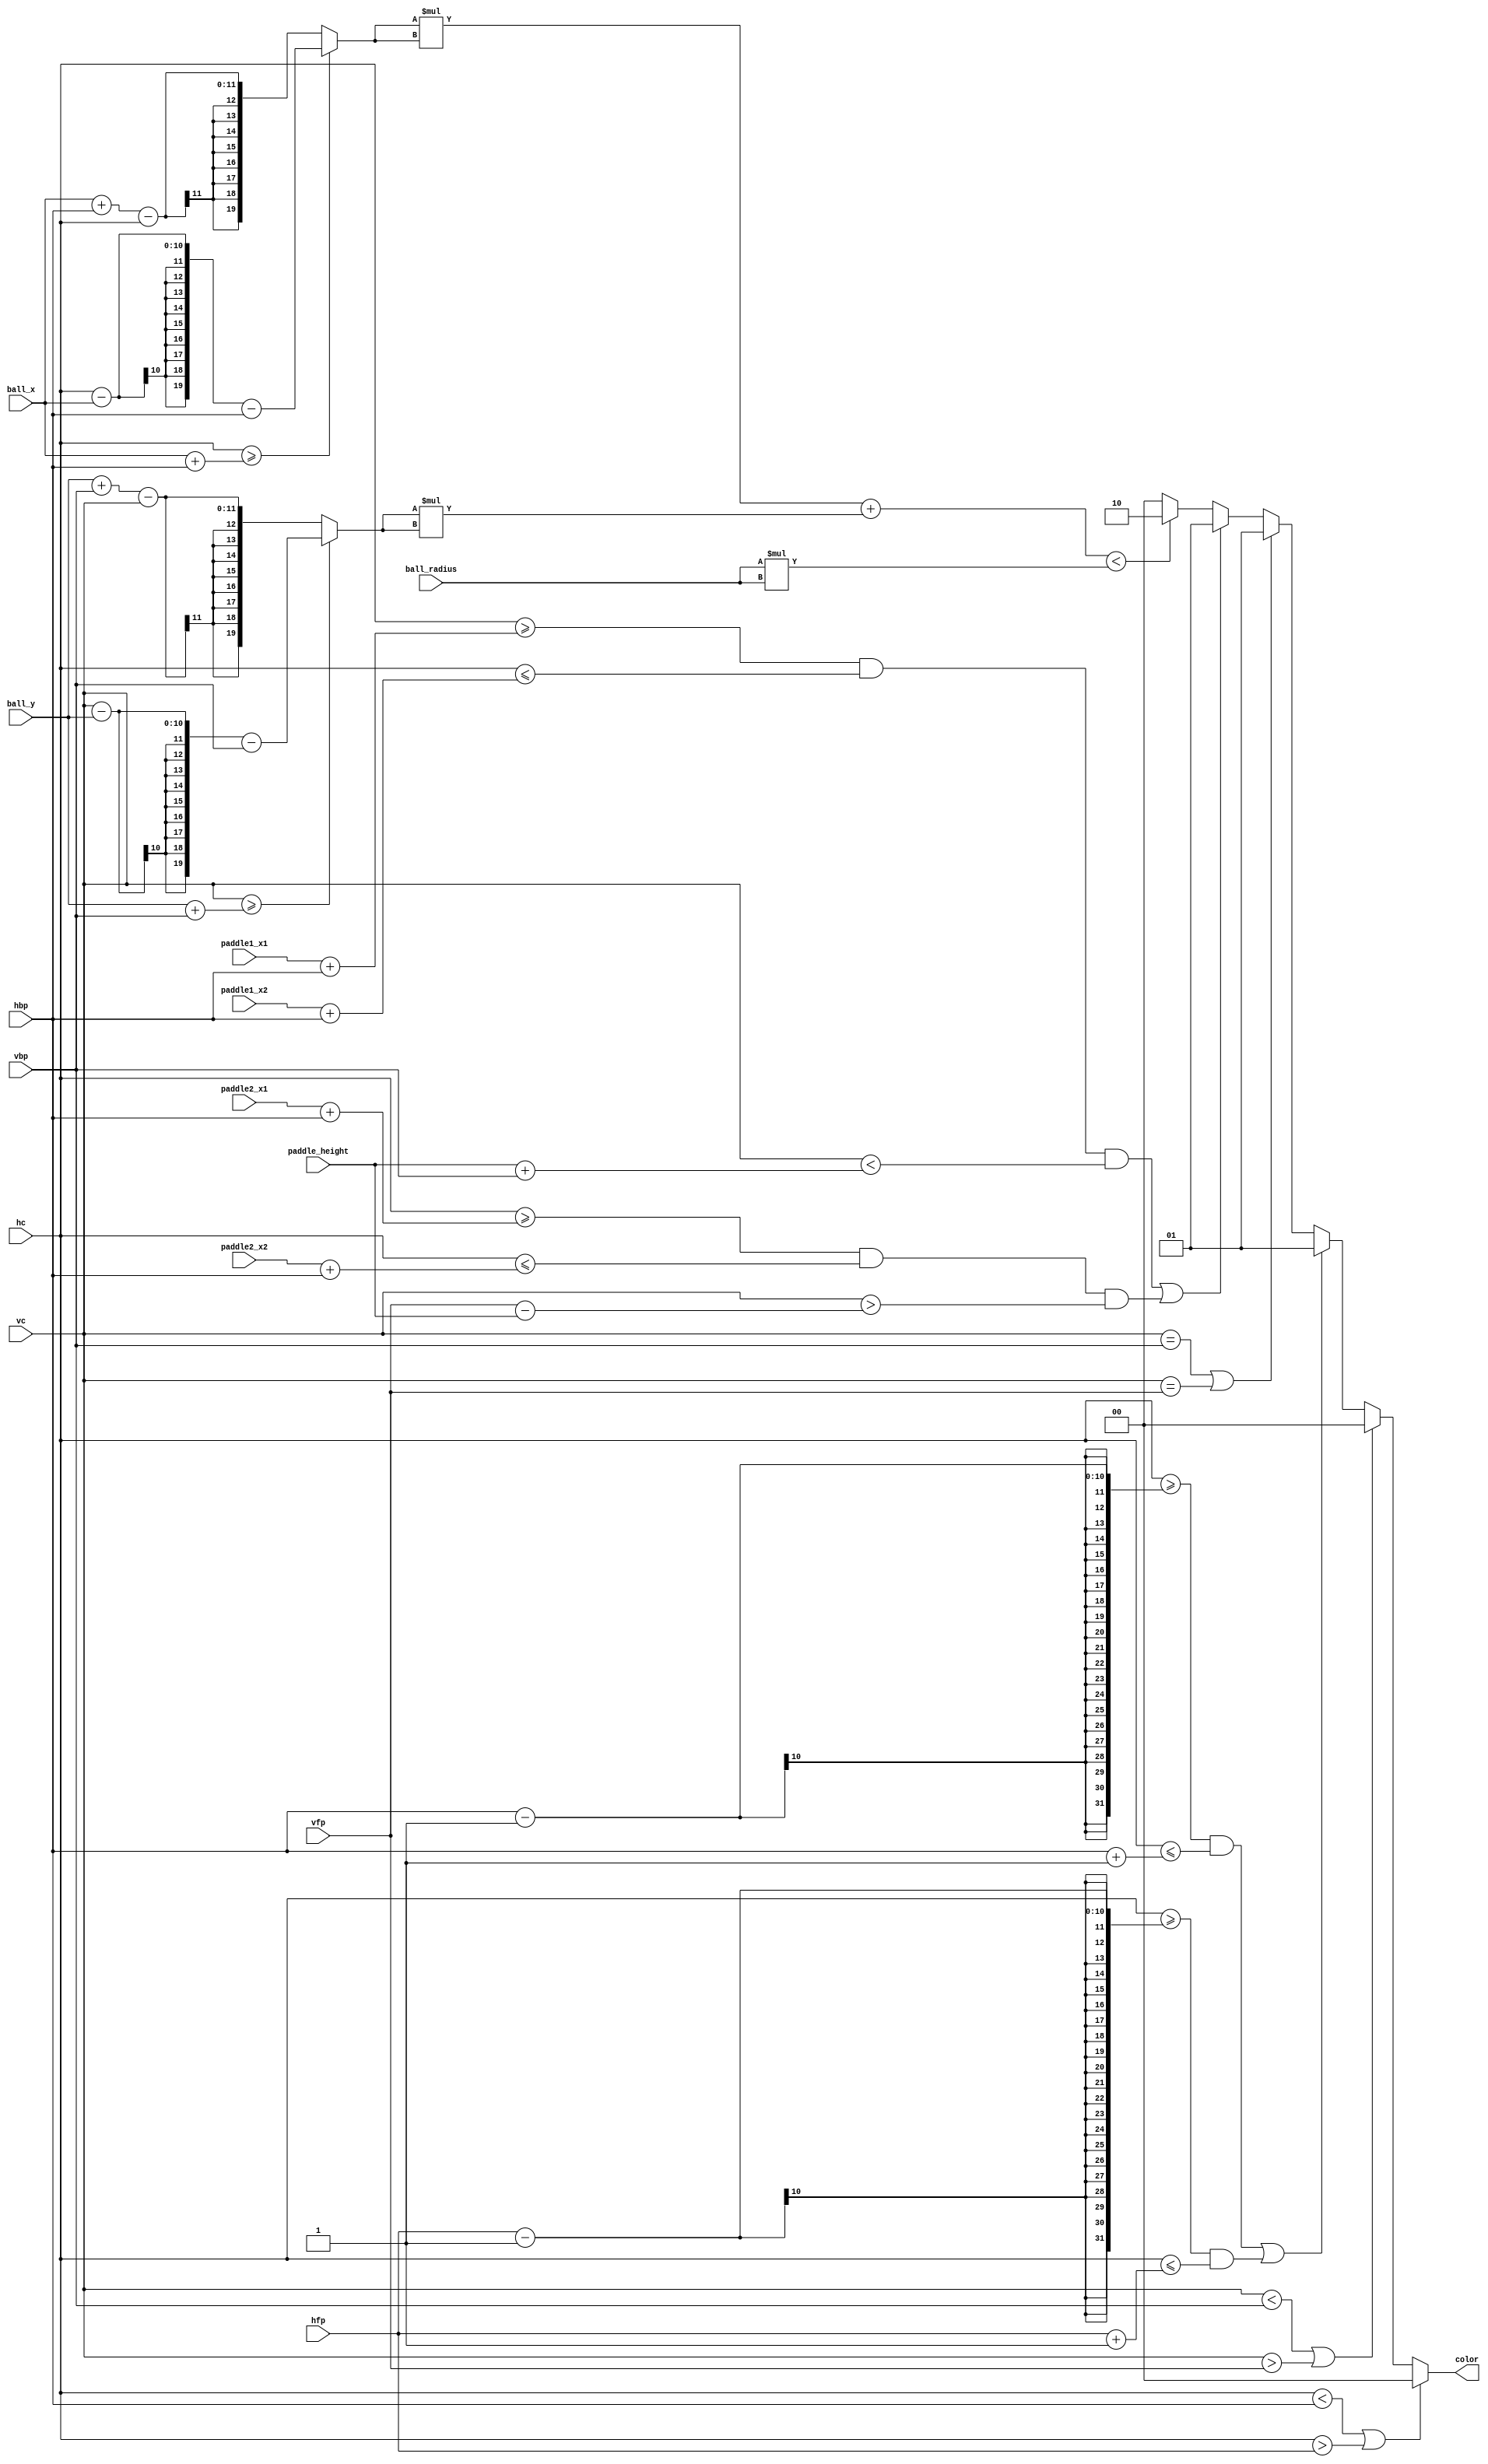
`timescale 1ns / 1ps
//////////////////////////////////////////////////////////////////////////////////
// Company: 
// 
// Design Name: 
// Module Name:    should_display 
// Project Name: 
// Target Devices: 
// Tool versions: 
// Description: 
//
// Dependencies: 
//
// Revision: 
// Revision 0.01 - File Created
// Additional Comments: 
//
//////////////////////////////////////////////////////////////////////////////////
module should_display(
    input wire[9:0] paddle1_x1,	//x coordinate of paddle 1
    input wire[9:0] paddle1_x2,	//ycoordinate of paddle 1
    input wire[9:0] paddle2_x1,	//x_1 coordinate of paddle 2
    input wire[9:0] paddle2_x2,	//x_2 coordinate of paddle 2
    input wire[9:0] ball_x,	//x coordinate of the ball
    input wire[9:0] ball_y,	//y coordinate of the ball
    input wire[9:0] hbp, 	// end of horizontal back porch
    input wire[9:0] hfp, 	// beginning of horizontal front porch
    input wire[9:0] vbp, 		// end of vertical back porch
    input wire[9:0] vfp, 	// beginning of vertical front porch
    input wire[9:0] hc,
    input wire[9:0] vc,
    input wire[9:0] ball_radius, 
    input wire[9:0] paddle_height,
    output reg[1:0] color		// the color code.
);

wire[19:0] ball_diff_x = hc >= ball_x + hbp? hc - ball_x - hbp : ball_x + hbp - hc;
wire[19:0] ball_diff_y = vc >= ball_y + vbp? vc - ball_y - vbp : ball_y + vbp - vc;
wire[19:0] ball_square = ball_radius * ball_radius;

always @(*)
begin
    if (hc < hbp || hc > hfp)
    color <= 0;
    else if (vc < vbp || vc > vfp)
    color <= 0;
    else if (((hc >= hbp - 1) && (hc <= hbp + 1))|| ((hc >= hfp -1) && (hc <= hfp + 1)))
    color <= 1;
    else if (vc == vbp || vc == vfp)
    color <= 1;
    else if(( hc >= paddle1_x1+ hbp) && (hc <= paddle1_x2 + hbp) && (vc < (paddle_height + vbp)) || 
    ((hc >= paddle2_x1 + hbp) && (hc <= paddle2_x2 + hbp) && (vc > (vfp - paddle_height))))
    color <= 1;
    else if(ball_diff_x * ball_diff_x  + ball_diff_y * ball_diff_y < ball_square)
    color <= 2'b10;
    else
    color <= 0;
end


endmodule